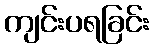
ကျင်းပရခြင်း